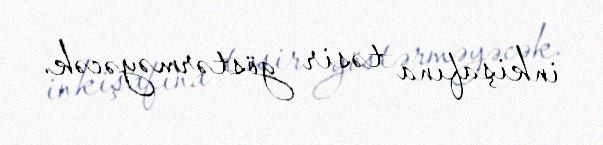
inkişafına təsir göstərməyəcək.